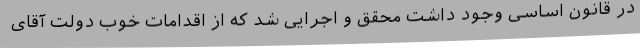
در قانون اساسی وجود داشت محقق و اجرایی شد که از اقدامات خوب دولت آقای